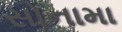
સોનામા